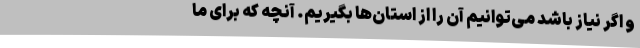
و اگر نیاز باشد می‌توانیم آن را از استان‌ها بگیریم. آنچه که برای ما